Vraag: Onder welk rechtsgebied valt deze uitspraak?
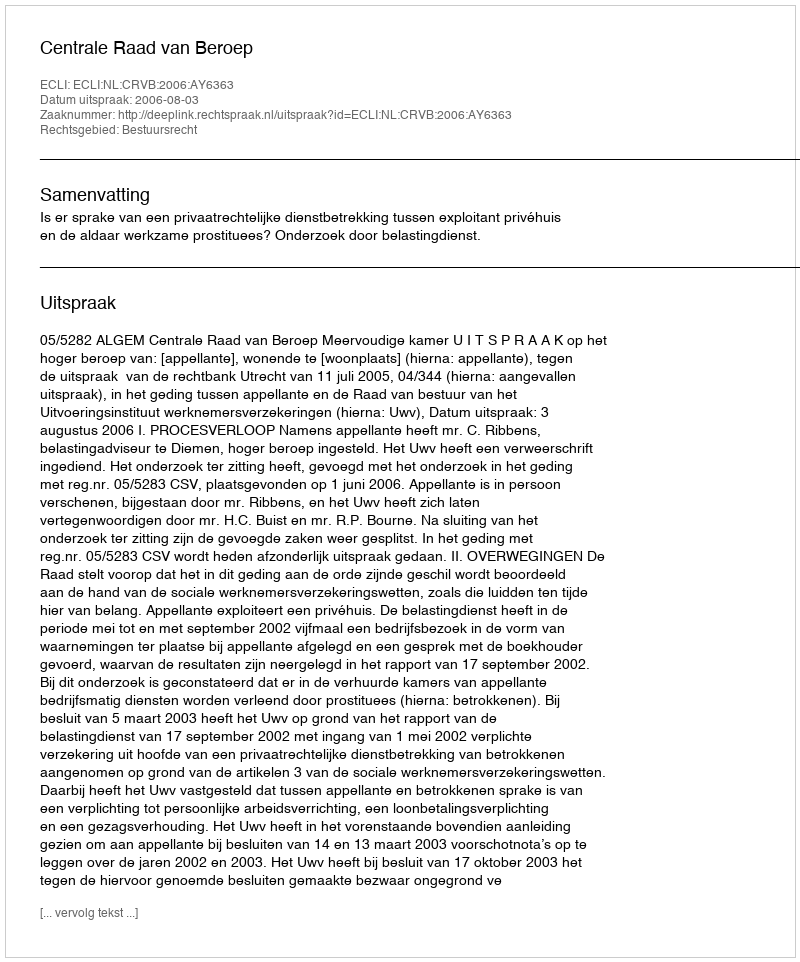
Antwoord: Bestuursrecht